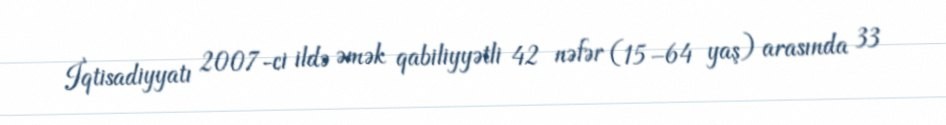
İqtisadiyyatı 2007-ci ildə əmək qabiliyyətli 42 nəfər (15–64 yaş) arasında 33